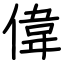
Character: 偉